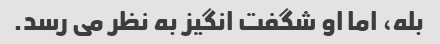
بله، اما او شگفت انگیز به نظر می رسد.